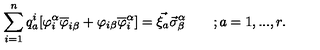
\sum _ { i = 1 } ^ { n } q _ { a } ^ { i } [ \varphi _ { i } ^ { \alpha } \overline { { \varphi } } _ { i \beta } + \varphi _ { i \beta } \overline { { \varphi } } _ { i } ^ { \alpha } ] = \vec { \xi _ { a } } \vec { \sigma } _ { \beta } ^ { \alpha } \qquad ; a = 1 , . . . , r .